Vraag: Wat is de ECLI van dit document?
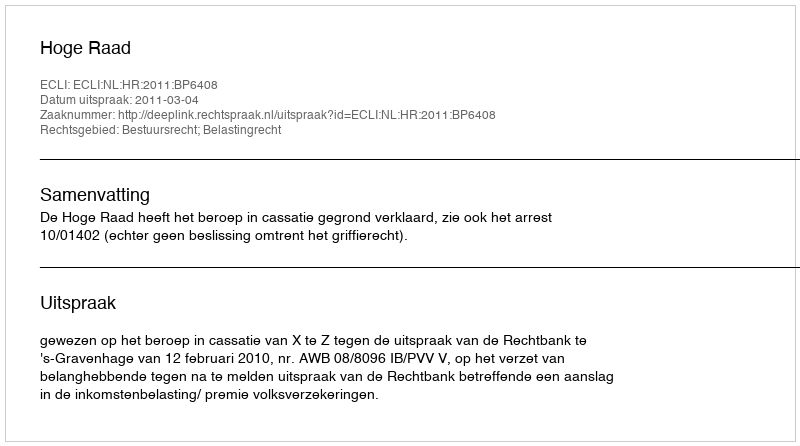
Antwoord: ECLI:NL:HR:2011:BP6408